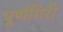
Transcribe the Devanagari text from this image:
पूर्णगिरी